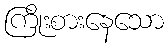
ကြိုးစားနေသော